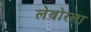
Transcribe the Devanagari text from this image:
लेबोरला